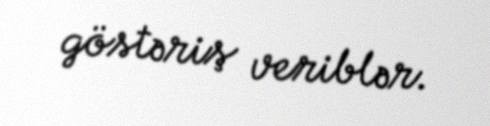
göstəriş veriblər.